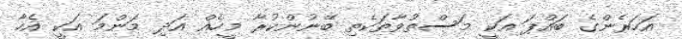
އަހަރެންގެ ބައްޕަ އަކީ މަސްތުވާތަކެތި ބޭނުންކުރާ މީހެއް އަދި މަންމަ އަކީ އެހާ